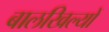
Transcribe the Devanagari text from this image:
बालखिल्यों